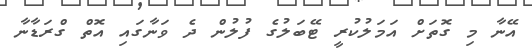
އޭނާ މި ގޮތަށް އަމަލުކުރީ ޓޭބަލުގެ ފުލުން ދެ ވަނާގައި އޮތް ގްރަޑާނާ